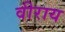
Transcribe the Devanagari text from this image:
वीराय